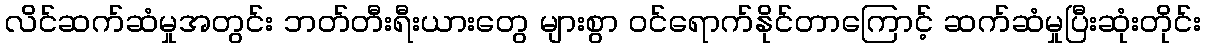
လိင်ဆက်ဆံမှုအတွင်း ဘတ်တီးရီးယားတွေ များစွာ ဝင်ရောက်နိုင်တာကြောင့် ဆက်ဆံမှုပြီးဆုံးတိုင်း